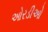
ઓરડીઓ